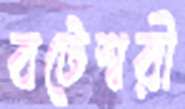
বটেশ্বরী